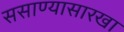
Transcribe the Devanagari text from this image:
ससाण्यासारखा